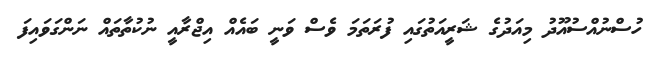
ހުސްނުއްސުއޫދު މިއަދުގެ ޝަރީއަތުގައި ފުރަތަމަ ވެސް ވަނީ ބައެއް އިޖްރާއީ ނުކުތާތައް ނަންގަވައިފަ